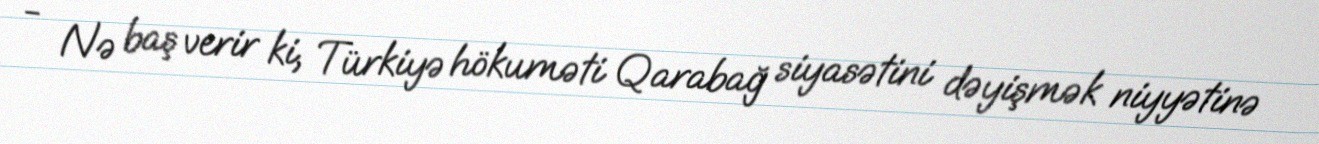
- Nə baş verir ki, Türkiyə hökuməti Qarabağ siyasətini dəyişmək niyyətinə